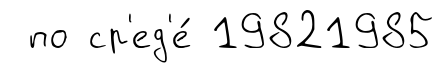
по ср'ед'е́ 19821985